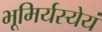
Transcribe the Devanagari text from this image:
भूमिर्यस्येयं